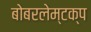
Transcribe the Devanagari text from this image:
बोबरलेम्टक्प